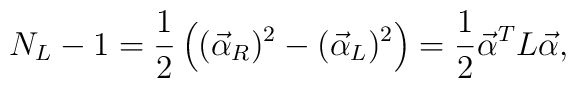
N_L-1 = {1\over 2}\left( (\vec{\alpha}_R)^2 - (\vec{\alpha}_L)^2\right) = {1\over 2} \vec{\alpha}^T L \vec{\alpha},